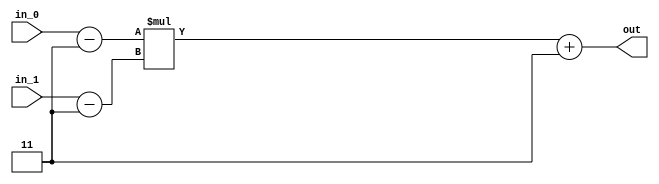
/* Construiti un modul ce inmulteste doua cifre reprezentate in Exces de 3 si returneaza rezultatul intr-o singura iesire, reprezentata tot in Exces de 3 */
module e3_mult(input[3:0] in_0, in_1, output[7:0] out);
    wire[3:0] nr1,nr2;
	assign nr1=in_0-3;
	assign nr2=in_1-3;
	assign out=nr1*nr2+3;
	
endmodule

module e3_mult_tb;
    reg[3:0] in_0, in_1;
    wire[7:0] act_out;
    reg[7:0] exp_out;
    wire verdict;

    e3_mult uut(.in_0(in_0), .in_1(in_1), .out(act_out));
    integer tests_total, tests_passed, nota;
    integer data_file, random_int;

    assign verdict = exp_out === act_out;

    initial begin
        $display("in_0\tin_1\t\texpected_out\tactual_out\tPassed(1)/Failed(0)");
        $monitor("%4b\t%4b\t\t%12b\t%10b\t%18d", in_0, in_1, exp_out, act_out, verdict);

        tests_total = 0;
        tests_passed = 0;
        data_file = 0;
        data_file = $fopen("ex1_tests.dat", "r");
        if (data_file == 0) begin
            $display("Adauga fisierul ex1_tests.dat in acelasi folder");
            $finish;
        end
        while(!$feof(data_file)) begin
            random_int = $fscanf(data_file, "%b %b %b\n", in_0, in_1, exp_out);
            tests_total = tests_total + 1;
            #1;
            tests_passed = tests_passed + verdict;
        end

        $display("Passed / Total: %2d / %2d", tests_passed, tests_total);
        nota = tests_passed * 1000 / tests_total * 2;
        $display("Nota: %1d.%03d", nota / 1000, nota % 1000);
    end
endmodule